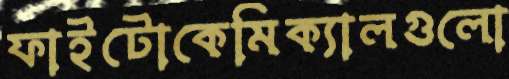
ফাইটোকেমিক্যালগুলো